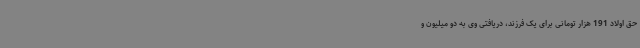
حق اولاد 191 هزار تومانی برای یک فرزند، دریافتی وی به دو میلیون و